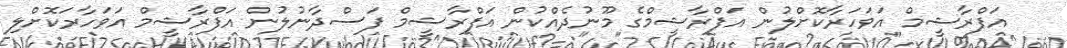
އަފްރާޝީމް އަވަހަރާކޮށްލުން އަފްރާޝީމްގެ މޫނުދެއްކުން އަފްރާޝީމް ފަސްދާނުލުން އަފްރާޝީމް އަވަހާރަކޮށްލި